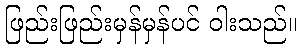
ဖြည်းဖြည်းမှန်မှန်ပင် ဝါးသည်။